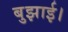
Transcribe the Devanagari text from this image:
बुझाई।